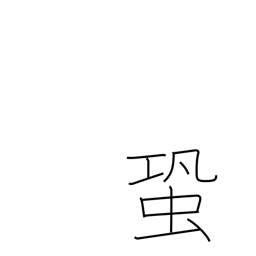
Meaning: cricket